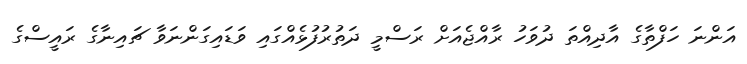
އަންނަ ހަފްތާގެ އާދިއްތަ ދުވަހު ރާއްޖެއަށް ރަސްމީ ދަތުރުފުޅެއްގައި ވަޑައިގަންނަވާ ޗައިނާގެ ރައީސްގެ